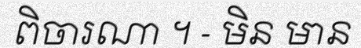
ពិចារណា ។ - មិន មាន